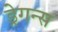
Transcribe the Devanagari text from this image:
ड्रेगन्स